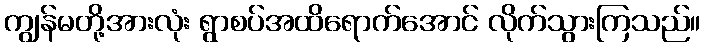
ကျွန်မတို့အားလုံး ရွာစပ်အထိရောက်အောင် လိုက်သွားကြသည်။